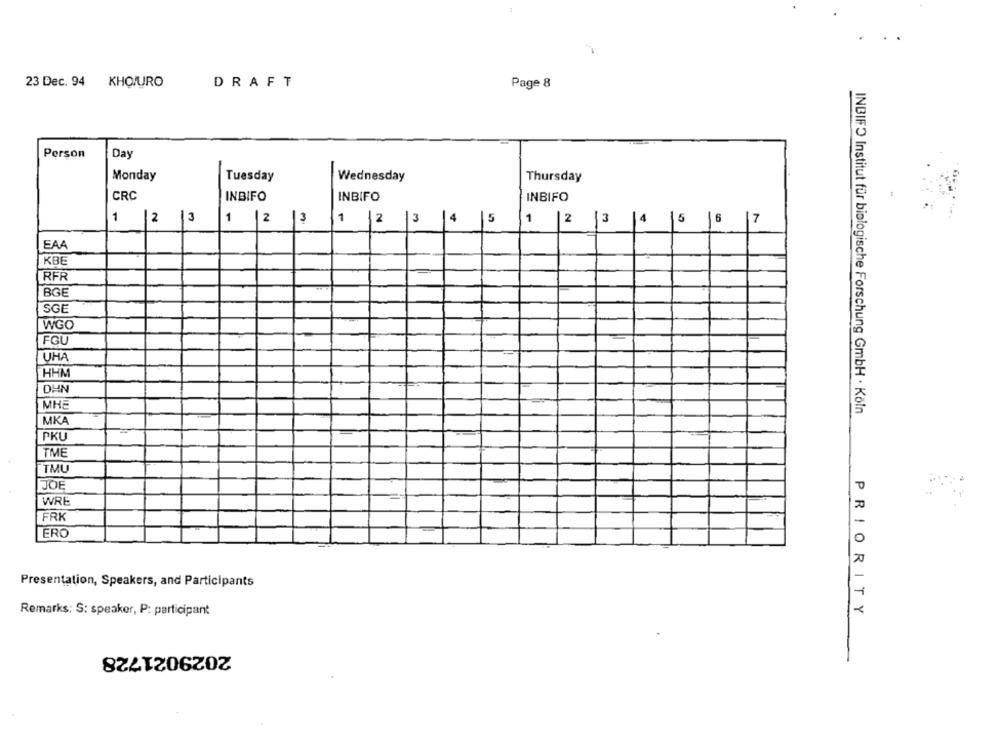
23 Dec. 94 KHOJURO
DRAFT
Page 8
Person
Day
Monday
Tuesday
Wednesday
Thursday
CRC
INBIFO
INBIFO
INBIFO
1
12
13
1
12 |3
1
2
3
5
1 |2
3
4
5
6 7
EAA
KBE
RFR
BGE
SGE
WGO
FGU
UHA
HHM
DHN
MHE
INBIFO Institut für biologische Forschung GmbH · Köln
MKA
PKU
TME
TMU
JOE
WRE
FRK
ERO
Presentation, Speakers, and Participants
Remarks: S: speaker, P: participant
PRIORITY
2029021728